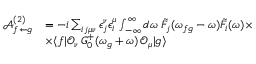
\begin{array} { r l } { \mathcal { A } _ { f \leftarrow g } ^ { ( 2 ) } } & { = - i \sum _ { i j \mu \nu } \epsilon _ { j } ^ { \nu } \epsilon _ { i } ^ { \mu } \int _ { - \infty } ^ { \infty } d \omega \, \, \tilde { F } _ { j } ( \omega _ { f g } - \omega ) \tilde { F } _ { i } ( \omega ) \times } \\ & { \times \langle f | \mathcal { O } _ { \nu } \, G _ { 0 } ^ { + } ( \omega _ { g } + \omega ) \, \mathcal { O } _ { \mu } | g \rangle } \end{array}